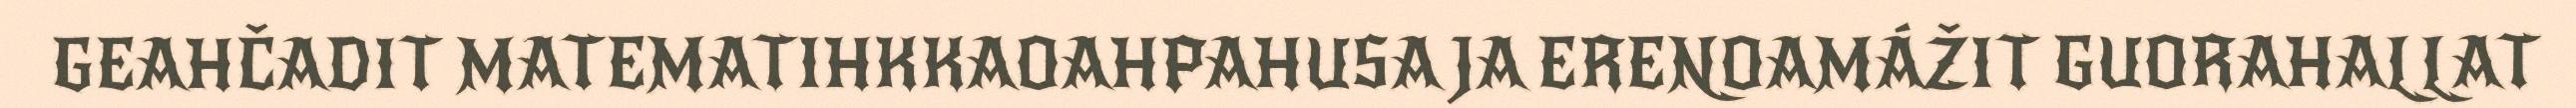
GEAHČADIT MATEMATIHKKAOAHPAHUSA JA ERENOAMÁŽIT GUORAHALLAT